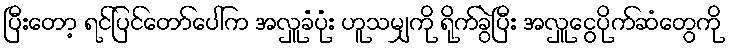
ပြီးတော့ ရင်ပြင်တော်ပေါ်က အလှူခံပုံး ဟူသမျှကို ရိုက်ခွဲပြီး အလှူငွေပိုက်ဆံတွေကို